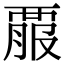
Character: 𧟱